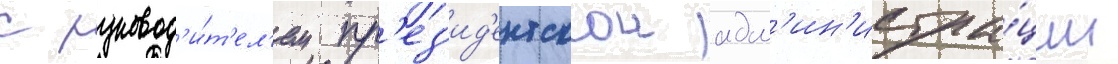
с руковод'и́т'ел'ем пр'ез'ид'ентскои адм'ин'истра́ции